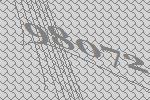
98072